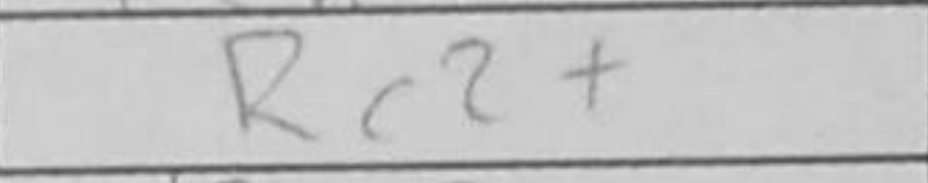
Transcription: Rc2+